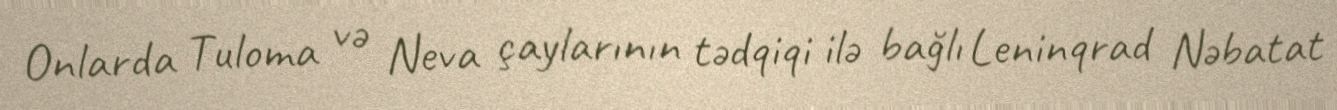
Onlarda Tuloma və Neva çaylarının tədqiqi ilə bağlı Leninqrad Nəbatat